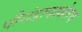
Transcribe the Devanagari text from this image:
पौगंडावस्थेतच